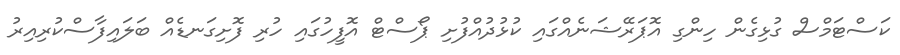
ކަސްޓަމްސް ގުޅިގެން ހިންގި އޮޕަރޭޝަނެއްގައި ކުޅުދުއްފުށި ޕޯސްޓް އޮފީހުގައި ހުރި ފޮށިގަނޑެއް ބަލައިފާސްކުރިއިރު